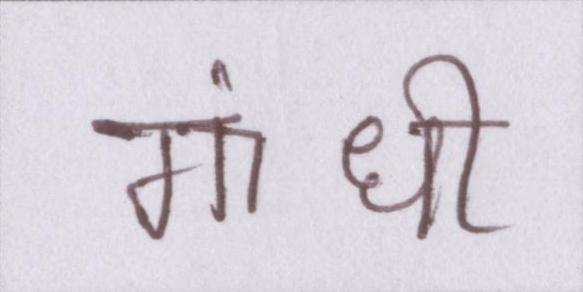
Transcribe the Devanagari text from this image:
गांधी